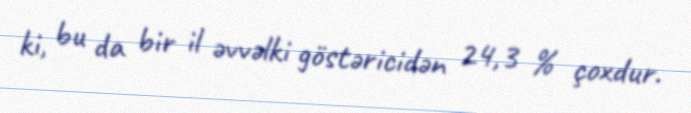
ki, bu da bir il əvvəlki göstəricidən 24,3 % çoxdur.